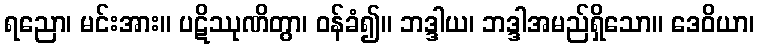
ရညော၊ မင်းအား။ ပဋိဿုဏိတွာ၊ ဝန်ခံ၍။ ဘဒ္ဒါယ၊ ဘဒ္ဒါအမည်ရှိသော။ ဒေဝိယာ၊